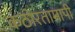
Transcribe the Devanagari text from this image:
कठोरतामापी